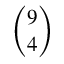
\binom { 9 } { 4 }